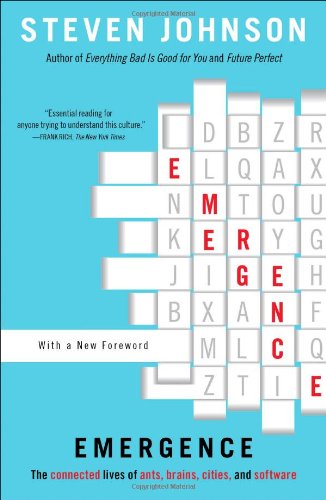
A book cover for Emergence: The Connected Lives of Ants, Brains, Cities, and Software; Steven Johnson; Science & Math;